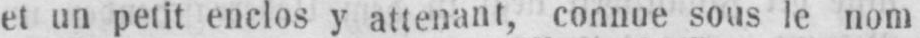
et un petit enclos y attenant, connue sous le nom